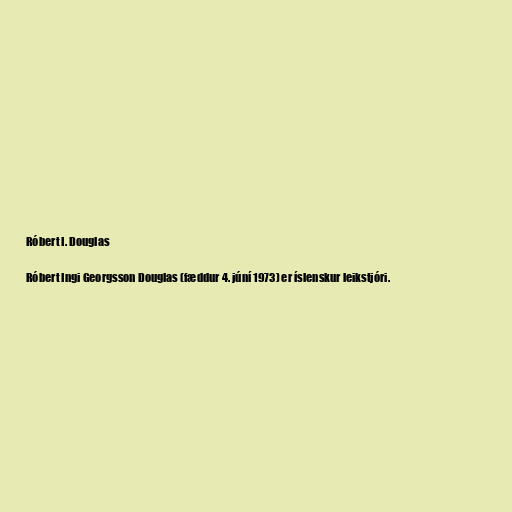
Róbert I. Douglas

Róbert Ingi Georgsson Douglas (fæddur 4. júní 1973) er íslenskur leikstjóri.